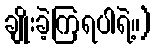
ချိုးခဲ့ကြရပါရဲ့။)